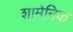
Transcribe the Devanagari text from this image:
शामेनिक